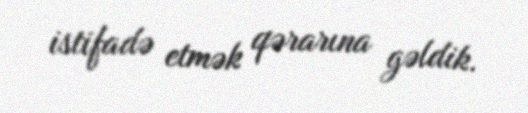
istifadə etmək qərarına gəldik.